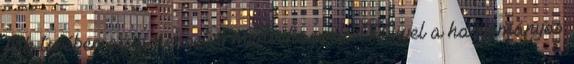
fák tövében az a rengeteg medvehagyma Mivel a hagyományos